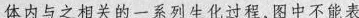
体内与之相关的一系列生化过程，图中不能表